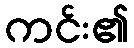
ကင်း၏